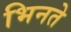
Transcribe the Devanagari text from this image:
भिनते